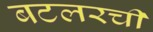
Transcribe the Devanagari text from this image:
बटलरची